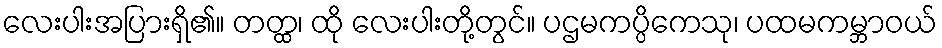
လေးပါးအပြားရှိ၏။ တတ္ထ၊ ထို လေးပါးတို့တွင်။ ပဌမကပ္ပိကေသု၊ ပထမကမ္ဘာဝယ်